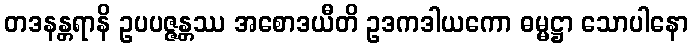
တဒနန္တရာနိ ဥပပဇ္ဇန္တဿ အစောဒယီတိ ဥဒကဒါယကော ဓမ္မဋ္ဌာ သောပါနော